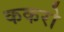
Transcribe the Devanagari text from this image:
ककरो